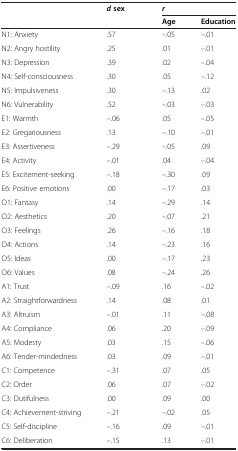
<table><thead><tr><td rowspan="2"></td><td rowspan="2"><b><i>d</i>sex</b></td><td colspan="2"><b><i>r</i></b></td></tr><tr><td><b>Age</b></td><td><b>Education</b></td></tr></thead><tbody><tr><td>N1: Anxiety</td><td>.57</td><td>–.05</td><td>–.01</td></tr><tr><td>N2: Angry hostility</td><td>.25</td><td>.01</td><td>–.01</td></tr><tr><td>N3: Depression</td><td>.39</td><td>.02</td><td>–.04</td></tr><tr><td>N4: Self-consciousness</td><td>.30</td><td>.05</td><td>–.12</td></tr><tr><td>N5: Impulsiveness</td><td>.30</td><td>–.13</td><td>.02</td></tr><tr><td>N6: Vulnerability</td><td>.52</td><td>–.03</td><td>–.03</td></tr><tr><td>E1: Warmth</td><td>–.06</td><td>.05</td><td>–.05</td></tr><tr><td>E2: Gregariousness</td><td>.13</td><td>–.10</td><td>–.01</td></tr><tr><td>E3: Assertiveness</td><td>–.29</td><td>–.05</td><td>.09</td></tr><tr><td>E4: Activity</td><td>–.01</td><td>.04</td><td>–.04</td></tr><tr><td>E5: Excitement-seeking</td><td>–.18</td><td>–.30</td><td>.09</td></tr><tr><td>E6: Positive emotions</td><td>.00</td><td>–.17</td><td>.03</td></tr><tr><td>O1: Fantasy</td><td>.14</td><td>–.29</td><td>.14</td></tr><tr><td>O2: Aesthetics</td><td>.20</td><td>–.07</td><td>.21</td></tr><tr><td>O3: Feelings</td><td>.26</td><td>–.16</td><td>.18</td></tr><tr><td>O4: Actions</td><td>.14</td><td>–.23</td><td>.16</td></tr><tr><td>O5: Ideas</td><td>.00</td><td>–.17</td><td>.23</td></tr><tr><td>O6: Values</td><td>.08</td><td>–.24</td><td>.26</td></tr><tr><td>A1: Trust</td><td>–.09</td><td>.16</td><td>–.02</td></tr><tr><td>A2: Straightforwardness</td><td>.14</td><td>.08</td><td>.01</td></tr><tr><td>A3: Altruism</td><td>–.01</td><td>.11</td><td>–.08</td></tr><tr><td>A4: Compliance</td><td>.06</td><td>.20</td><td>–.09</td></tr><tr><td>A5: Modesty</td><td>.03</td><td>.15</td><td>–.06</td></tr><tr><td>A6: Tender-mindedness</td><td>.03</td><td>.09</td><td>–.01</td></tr><tr><td>C1: Competence</td><td>–.31</td><td>.07</td><td>.05</td></tr><tr><td>C2: Order</td><td>.06</td><td>.07</td><td>–.02</td></tr><tr><td>C3: Dutifulness</td><td>.00</td><td>.09</td><td>.00</td></tr><tr><td>C4: Achievement-striving</td><td>–.21</td><td>–.02</td><td>.05</td></tr><tr><td>C5: Self-discipline</td><td>–.16</td><td>.09</td><td>–.01</td></tr><tr><td>C6: Deliberation</td><td>–.15</td><td>.13</td><td>–.01</td></tr></tbody></table>